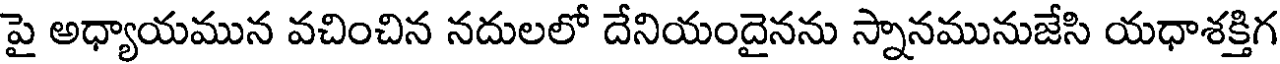
పై అధ్యాయమున వచించిన నదులలో దేనియందైనను స్నానమునుజేసి యధాశక్తిగ